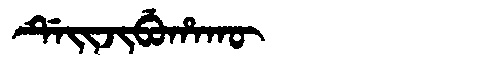
Manchu: ᡩᡝᡳᠵᡳᠪᡠᡥᠠᡴᡡ
Romanization: DEIJIBUHAKŪ